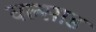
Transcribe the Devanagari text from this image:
वल्साड